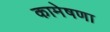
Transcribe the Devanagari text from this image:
कामेषणा